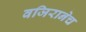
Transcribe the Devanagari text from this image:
वजिरानेच